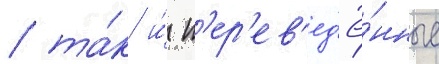
/ та́к и́ п'ер'ев'ед'ё́нные